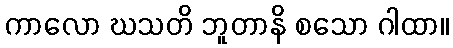
ကာလော ဃသတိ ဘူတာနိ စသော ဂါထာ။